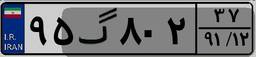
۹۵گ۸۰۲۳۷